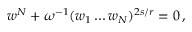
w ^ { N } + \omega ^ { - 1 } ( w _ { 1 } \ldots w _ { N } ) ^ { 2 s / r } = 0 \, ,